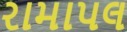
રામાપલ